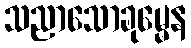
သညာသောခုမ္မေန